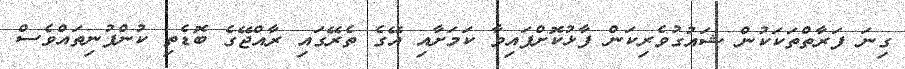
ގިނަ ފަރާތްތަކަކުން ޝައުގުވެރިކަން ފާޅުކޮށްފައިވާ ކަމަށާއި އޭގެ ތެރޭގައި ރާއްޖޭގެ ބޮޑެތި ކުންފުނިތައްވެސް